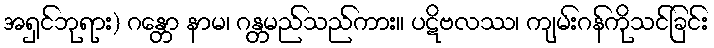
အရှင်ဘုရား) ဂန္တော နာမ၊ ဂန္တမည်သည်ကား။ ပဋိဗလဿ၊ ကျမ်းဂန်ကိုသင်ခြင်း